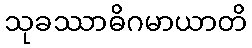
သုခဿာဓိဂမာယာတိ